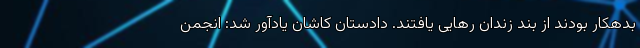
بدهکار بودند از بند زندان رهایی یافتند. دادستان کاشان یادآور شد: انجمن